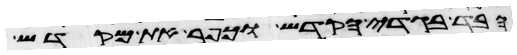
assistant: הבד בגדי הקדש וכפר את מקדש